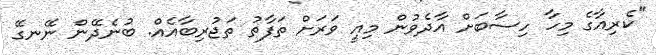
"ކެރިއާގެ މިހާ ހިސާބަށް އާދެވުން މިއީ ވަރަށް ތަފާތު ތަޖުރިބާއެއް. ބުނެދޭން ނޭނގޭ